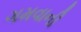
ગમવાની